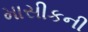
માસીકની